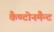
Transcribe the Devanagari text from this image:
कैण्टोनमैन्ट